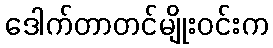
ဒေါက်တာတင်မျိုးဝင်းက